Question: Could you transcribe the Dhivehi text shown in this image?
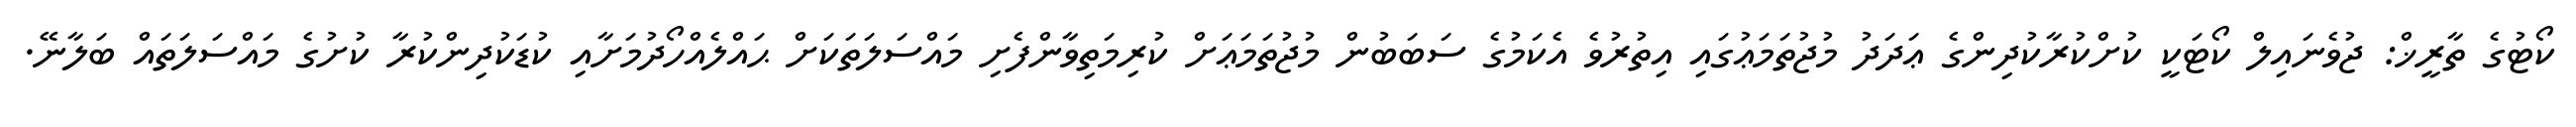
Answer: ކޯޓުގެ ތާރީޚް: ޖުވެނައިލް ކޯޓަކީ ކުށްކުރާކުދިންގެ ޢަދަދު މުޖުތަމަޢުގައި އިތުރުވެ އެކަމުގެ ސަބަބުން މުޖުތަމަޢަށް ކުރިމަތިވާންފެށި މައްސަލަތަކަށް ޙައްލެއްހޯދުމަށާއި ކުޑަކުދިންކުރާ ކުށުގެ މައްސަލަތައް ބަލާނޭ.